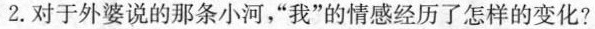
2. 对于外婆说的那条小河，“我”的情感经历了怎样的变化?